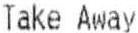
TAKE AWAY